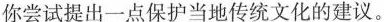
你尝试提出一点保护当地传统文化的建议。